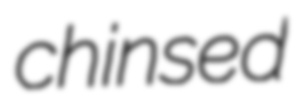
chinsed